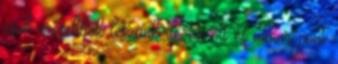
csak erősebbek leszünk de ez ott és akkor pont